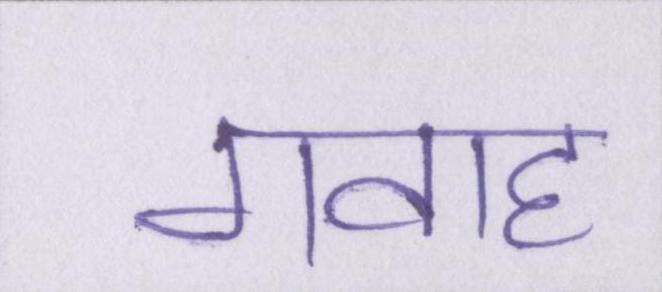
गवाह